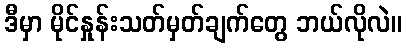
ဒီမှာ မိုင်နှုန်းသတ်မှတ်ချက်တွေ ဘယ်လိုလဲ။